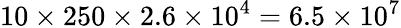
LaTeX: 10\times 250\times 2.6\times 10^{4}=6.5\times 10^{7}